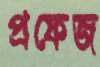
প্রফেজ